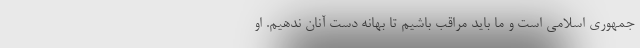
جمهوری اسلامی است و ما باید مراقب باشیم تا بهانه دست آنان ندهیم. او